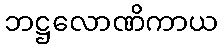
ဘဋ္ဌလောဏိကာယ